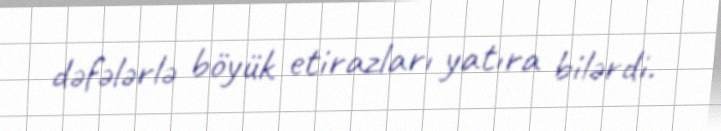
dəfələrlə böyük etirazları yatıra bilərdi.